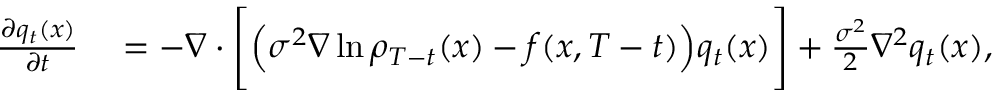
\begin{array} { r l } { \frac { \partial { q } _ { t } ( x ) } { \partial t } } & { { } = - \nabla \cdot \Bigg [ \Big ( \sigma ^ { 2 } \nabla \ln \rho _ { T - t } ( x ) - f ( x , T - t ) \Big ) { q } _ { t } ( x ) \Bigg ] + \frac { \sigma ^ { 2 } } { 2 } \nabla ^ { 2 } { q } _ { t } ( x ) , } \end{array}